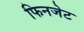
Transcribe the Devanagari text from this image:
फिनजेट